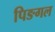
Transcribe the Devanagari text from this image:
पिङगल